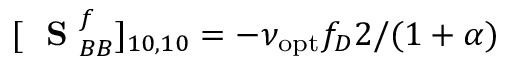
[ \mathrm { ~ \bf ~ S ~ } _ { B B } ^ { f } ] _ { 1 0 , 1 0 } = - \nu _ { \mathrm { o p t } } f _ { D } 2 / ( 1 + \alpha )